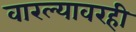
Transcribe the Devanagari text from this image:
वारल्यावरही